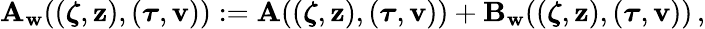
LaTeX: \mathbf{A}_{\mathbf{w}}(({\boldsymbol\zeta},{\mathbf{z}}),({\boldsymbol\tau},{\mathbf{v}})):=\mathbf{A}(({\boldsymbol\zeta},{\mathbf{z}}),({\boldsymbol\tau},{\mathbf{v}}))+\mathbf{B}_{\mathbf{w}}(({\boldsymbol\zeta},{\mathbf{z}}),({\boldsymbol\tau},{\mathbf{v}}))\, ,